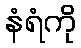
နံရံကို